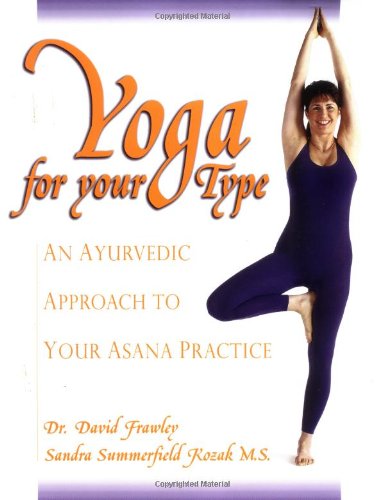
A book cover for Yoga for your Type: An Ayurvedic Approach to Your Asana Practice; David Dr. Frawley; Health, Fitness & Dieting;